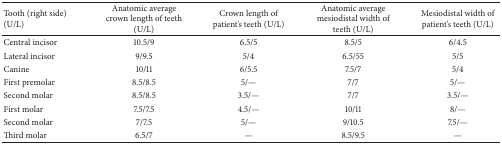
| Tooth (right side) (U/L) | Anatomic average crown length of teeth (U/L) | Crown length of patient's teeth (U/L) | Anatomic average mesiodistal width of teeth (U/L) | Mesiodistal width of patient's teeth (U/L) |
 | --- | --- | --- | --- | --- |
 | Central incisor | 10.5/9 | 6.5/5 | 8.5/5 | 6/4.5 |
 | Lateral incisor | 9/9.5 | 5/4 | 6.5/55 | 5/5 |
 | Canine | 10/11 | 6/5.5 | 7.5/7 | 5/4 |
 | First premolar | 8.5/8.5 | 5/— | 7/7 | 5/— |
 | Second molar | 8.5/8.5 | 3.5/— | 7/7 | 3.5/— |
 | First molar | 7.5/7.5 | 4.5/— | 10/11 | 8/— |
 | Second molar | 7/7.5 | 5/— | 9/10.5 | 7.5/— |
 | Third molar | 6.5/7 | — | 8.5/9.5 | — |